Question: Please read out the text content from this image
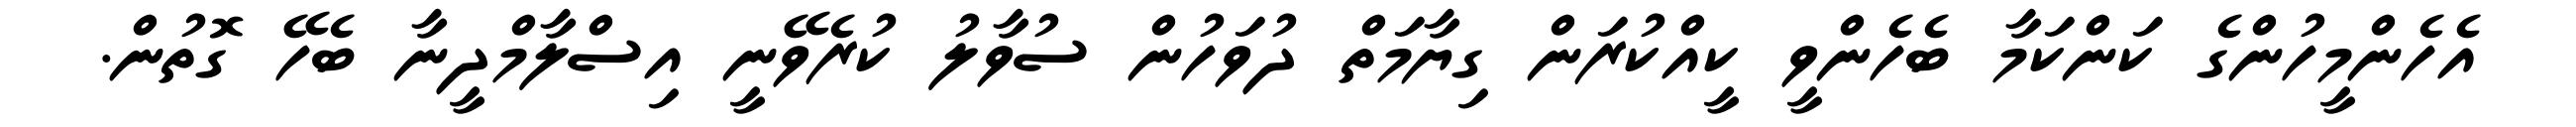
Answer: އެހެންމީހުންގެ ކަންކަމާ ބެހެންވީ ކީއްކުރަން ގިޔާމަތް ދުވަހުން ސުވާލު ކުރެވޭނީ އިސްލާމްދީނާ ބެހޭ ގޮތުން.